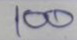
100